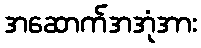
အဆောက်အအုံအား